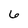
Character: 6